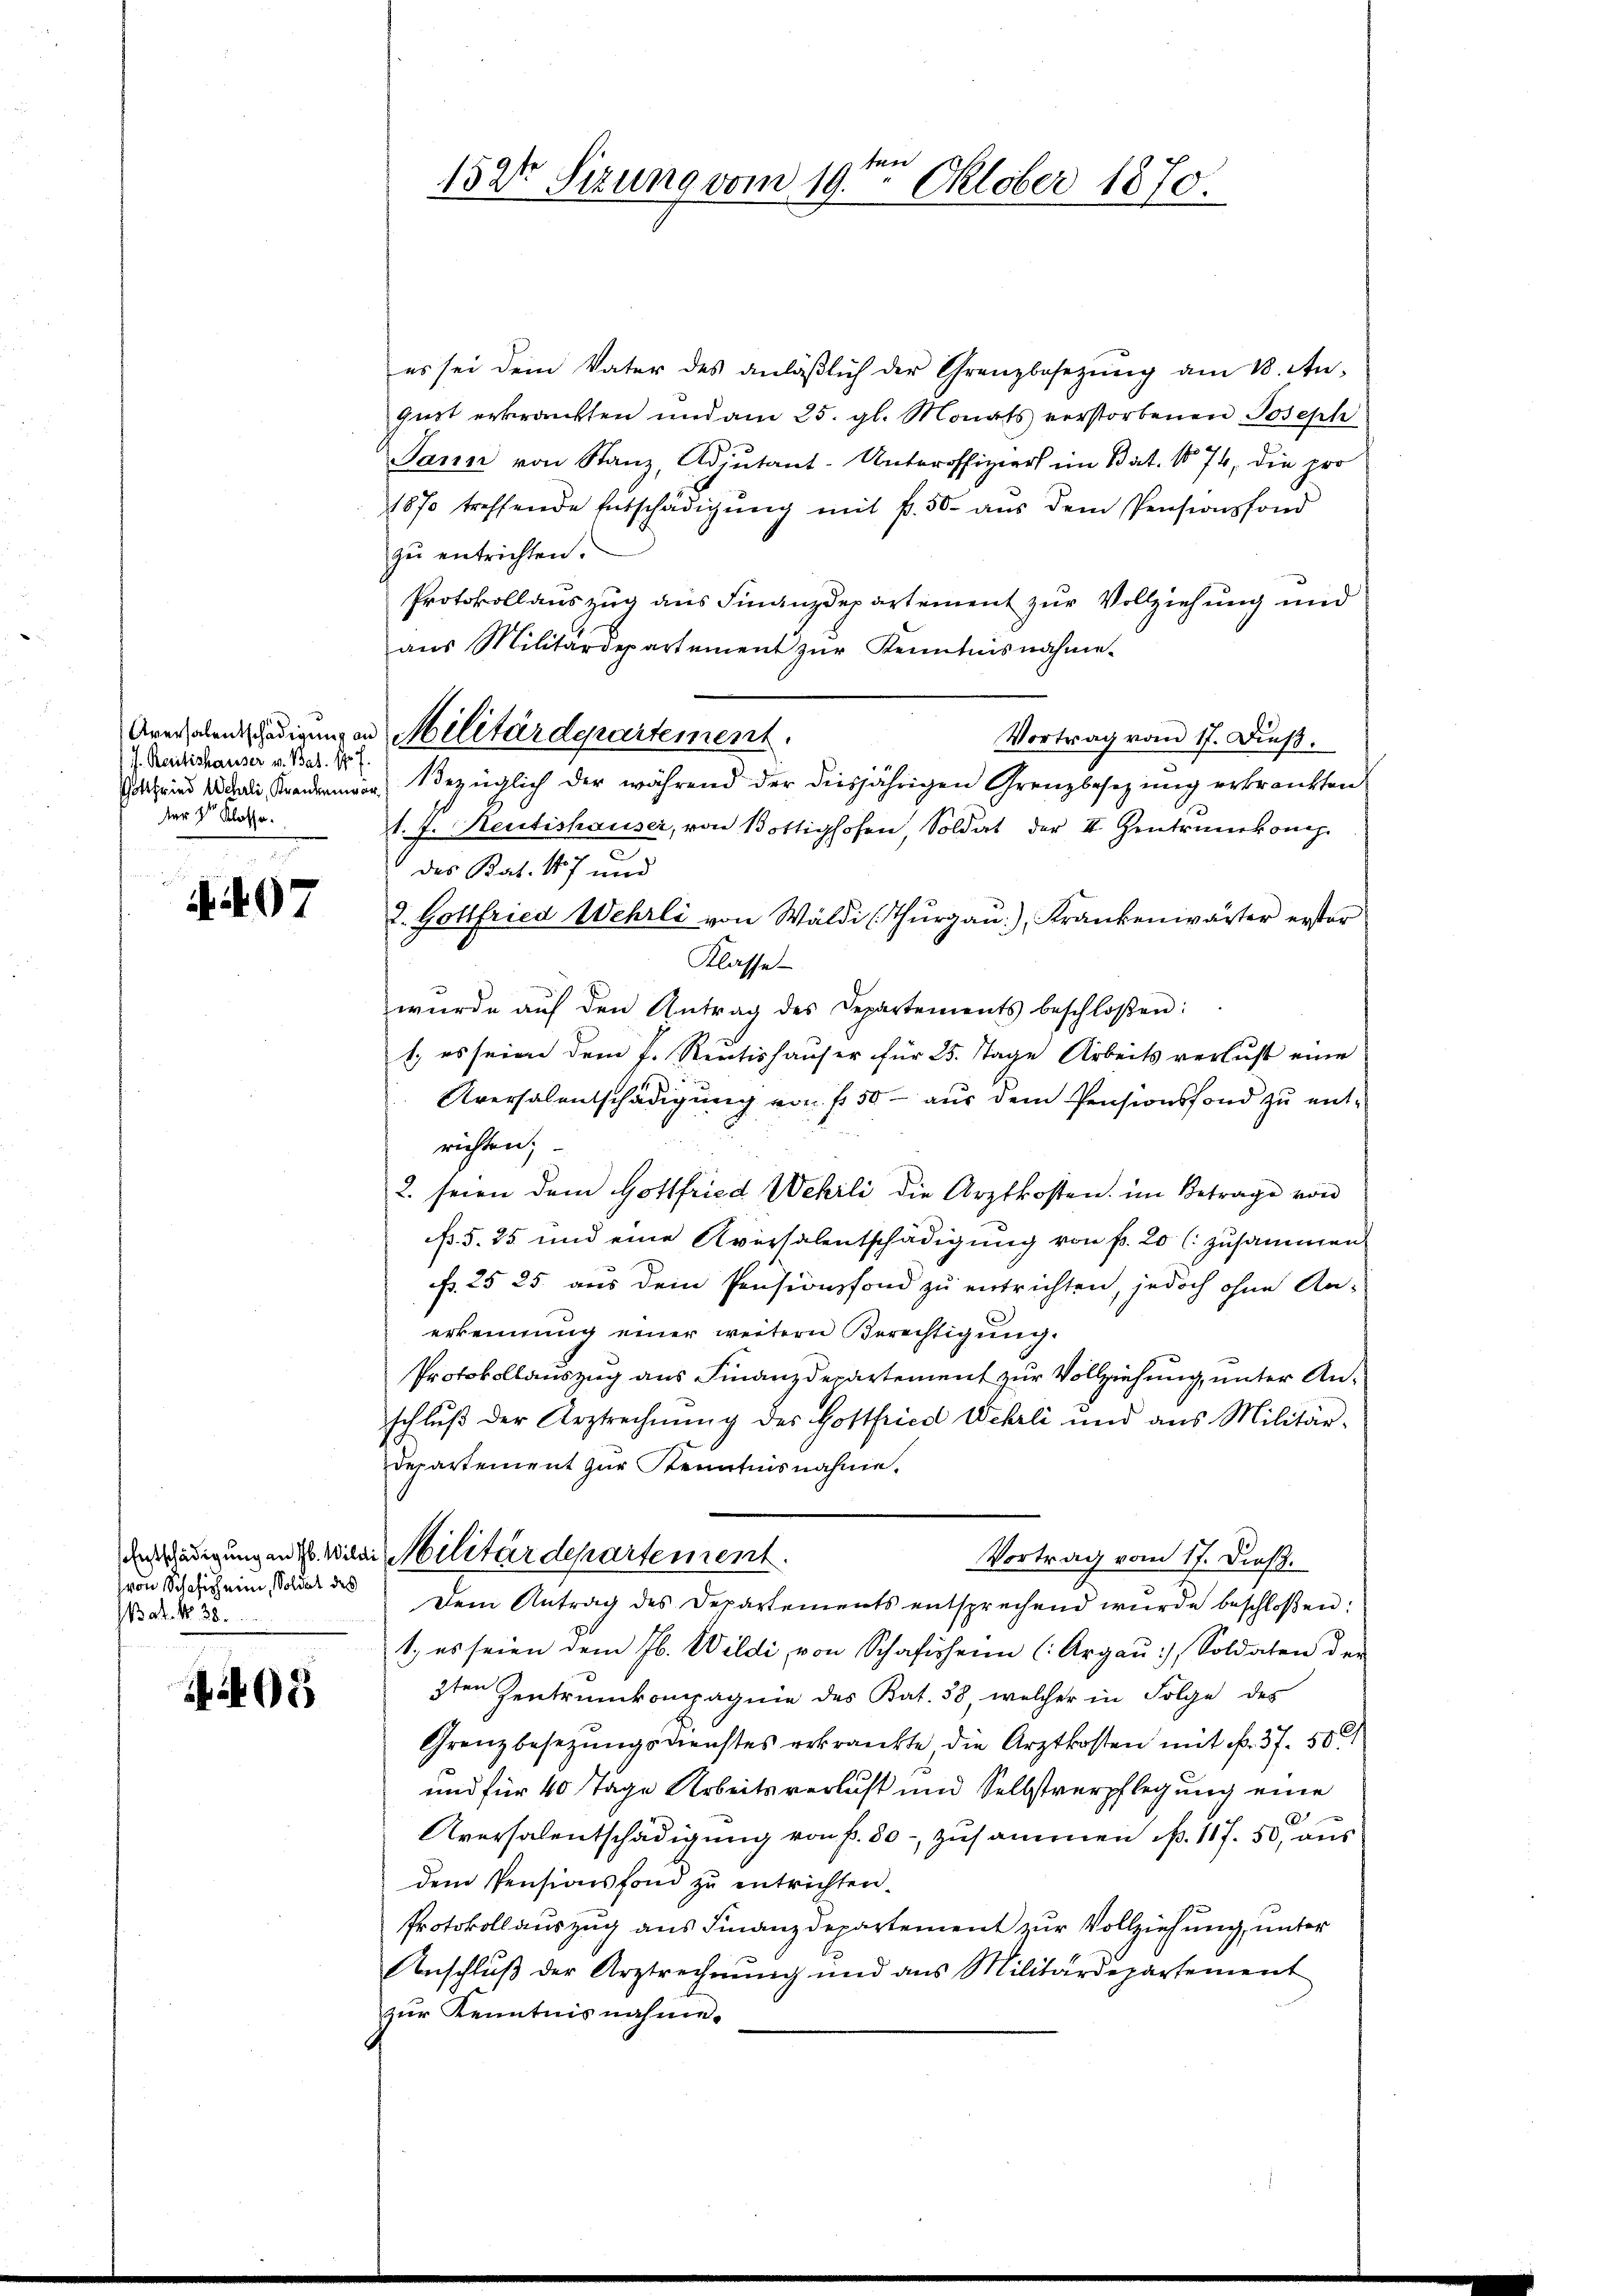
J. Reitishauser v. Bat. 17 f.
der der Klasse.

407

Entschädigung an Jb. Will
von Schafich eine, Soldat des
Wat. No 38.

405

ten
152t Sizung vom 19. Oktober 1870.

es sei dem Vater des anläßlich der Grenzbesezung am 18. Anguot erkrankten und am 25. gl. Monats verstorbenen Joseph
Jann von Stanz, Adjutant-Unteroffiziert im Bat. No 74, die pro
1870 treffende Entschädigŭng mit fr. 50. aŭs dem Pensionsfond
zu entrichten.
Protokollauszug aus Finanzdepartement zur Vollziehung und
aŭs Militärdepartement zŭr Kenntnisnahme.
Vortrag vom 17. Dieß.
in Bezüglich der während der diesjährigen Grenzbesezung erkrankten
t. J. Reutishauser, von Bottighofen, Soldat der II Zentrunkomp.
c
des Bat. 187 und
2. Gottfried Wehrli von Wäldi (Thurgau), Krankenwärter erster
Klasse
wŭrde aŭf den Antrag des Departements beschloßen:
1. es seien dem J. Reutishauser für 25. Tage Arbeits verlust eine
Aversalentschädigung von fl. 50 - aus dem Pensionsfond zu entrichten;
2. seien dem Gottfried Wehrli die Arztkosten im Betrage von
B. 5. 25 und eine Aversalentschädigung von fr. 20 (zusammen
f. 25 25 aus dem Pensionsfond zu entrichten, jedoch ohne Anerkennung einer weitern Berechtigung.
Protokollauszug aus Finanzdepartement zur Vollziehung, unter Anschlŭβ der Arztrechnŭng des Gottfried Wehrli und ans Militär-
Departement zur Kenntnisnahme.
i. Militärdepartement.
Vortrag vom 17. Dieß.
Dem Antrag des Departements entsprechend wurde beschloßen:
1., es seien dem Jb. Wildi von Schafirheim (Argaŭ) Soldaten der
3ten Zentrunkompagnie des Bat. 38 welcher in Folge des
Grenzbesezungsdienstes erkränkte die Arztkosten mit Nr. 37. 50
und für 40 Tage Arbeitsverlust und Selbstverpflegung eine
2
Aversalentschädigung von P. 30- zusammen p. 117. 50, aus
dem Pensionsfond zŭ entrichten.
Protokollauszug aus Finanzdepartement zur Vollziehung, unter
Anschlŭβ der Arztrechnŭng und ans Militärdepartement
zur Kenntnisnahme.

Arealentschädigungen Militärdepartement.